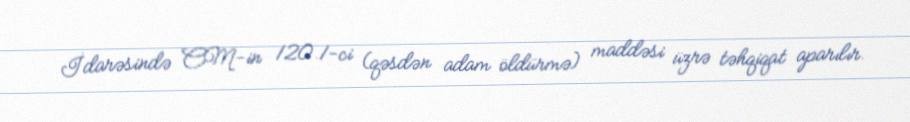
İdarəsində CM-in 120.1-ci (qəsdən adam öldürmə) maddəsi üzrə təhqiqat aparılır.